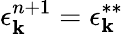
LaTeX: \epsilon_{\mathbf{k}}^{n+1}=\epsilon_{\mathbf{k}}^{**}